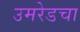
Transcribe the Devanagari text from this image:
उमरेडचा